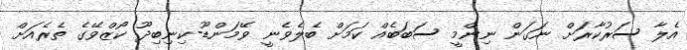
އެލާ ސަރުކާރަށް ނަގަން ނިންމީ ސަބަބެއް ކަމަށް ބެލެވެނީ ވޭމަންޑޫ-ކިނިބިދޫ ކޯޒްވޭގެ ތެރެއަށް